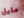
مايل